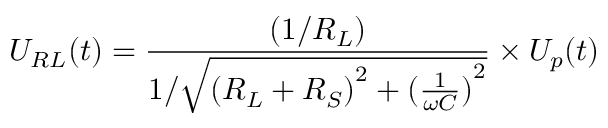
{ U _ { R L } } ( t ) = \frac { { ( 1 / { R _ { L } } ) } } { { 1 / \sqrt { { { ( { R _ { L } } + { R _ { S } } ) } ^ { 2 } } + { { ( \frac { 1 } { { \omega C } } ) } ^ { 2 } } } } } \times { U _ { p } } ( t )